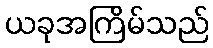
ယခုအကြိမ်သည်